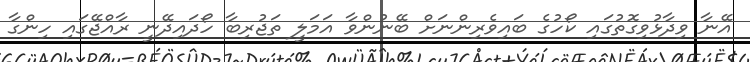
އޭނާ ވިދާޅުވިގޮތުގައި ކޯހުގެ ބައިވެރިންނަށް ބޭނުންވާ އަމަލީ ތަޖުރިބާ ހޯދައިދޭނީ ރާއްޖޭގައި ހިންގާ